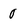
Character: O